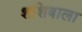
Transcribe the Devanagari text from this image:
शशिबाला